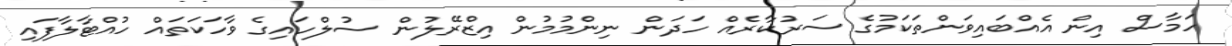
ހަމާސް އިން އެއްބައިވަންތަކަމުގެ ސަރުކާރެއް ހަދަން ނިންމުމުން އިޒްރޭލުން ސުލްހައިގެ ވާހަކަތައް ހުއްޓާލާފައި